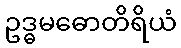
ဥဒ္ဓမဓောတိရိယံ